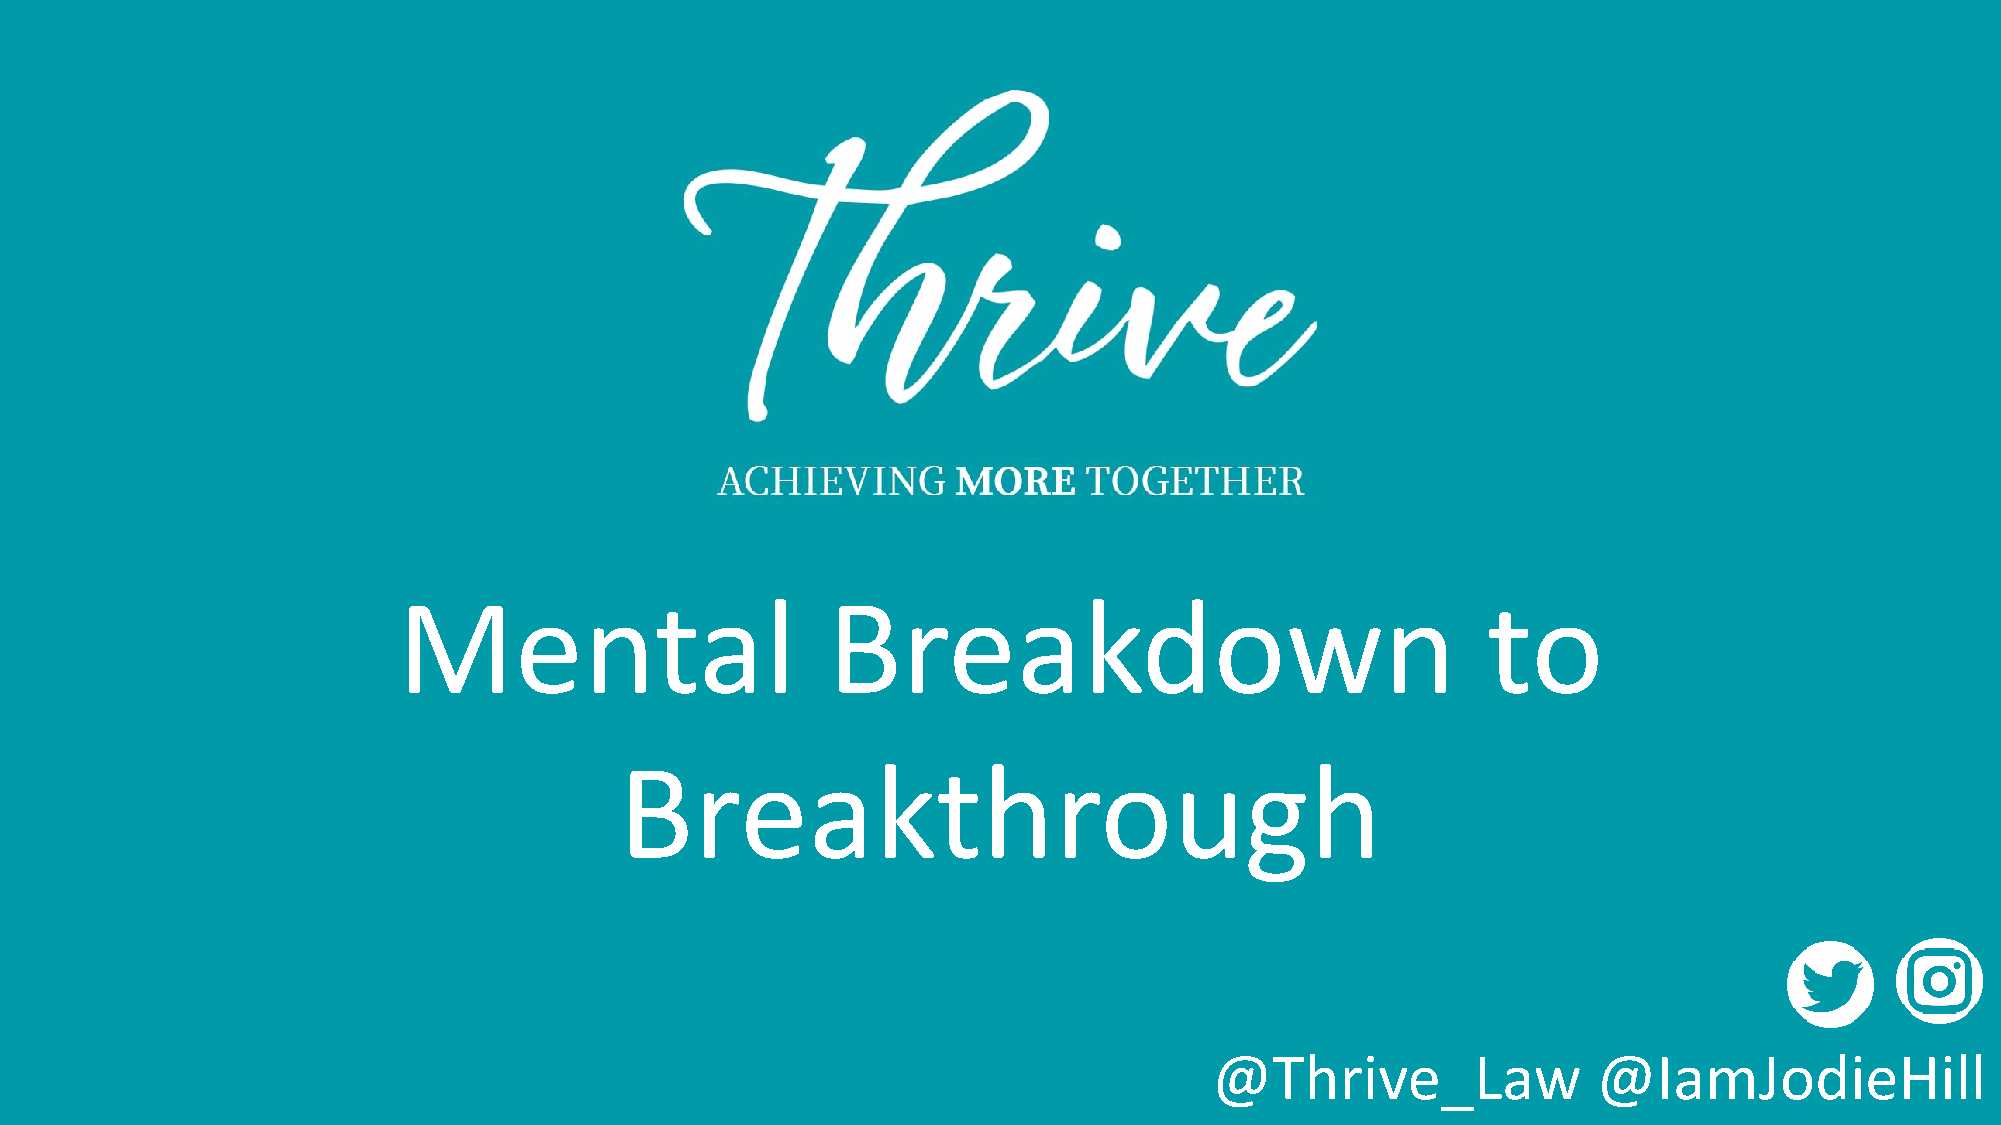
Mental                       Breakdown                                  to
 Breakthrough
 @Thrive_Law               @IamJodieHill